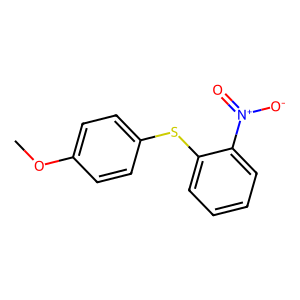
SMILES: COc1ccc(Sc2ccccc2[N+](=O)[O-])cc1
Inhibits HIV replication: No